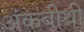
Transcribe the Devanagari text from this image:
अंकवीथी